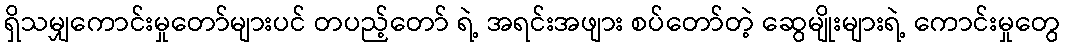
ရှိသမျှကောင်းမှုတော်များပင် တပည့်တော် ရဲ့ အရင်းအဖျား စပ်တော်တဲ့ ဆွေမျိုးများရဲ့ ကောင်းမှုတွေ